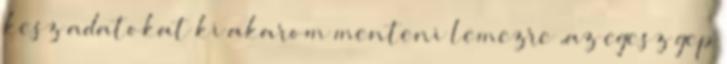
kesz adatokat ki akarom menteni lemezre ,az egesz gep